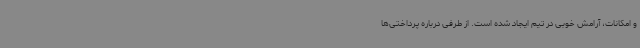
و امکانات، آرامش خوبی در تیم ایجاد شده است. از طرفی درباره پرداختی‌ها